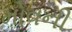
મોવની